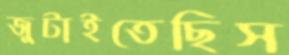
জুটাইতেছিস